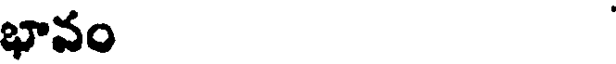
భావం